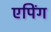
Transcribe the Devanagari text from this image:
एपिंग